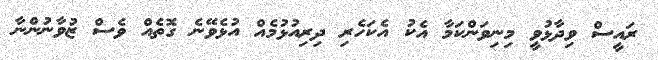
ރައީސް ވިދާޅުވީ މިނިވަންކަމާ އެކު އެކަހެރި ދިރިއުޅުމެއް އުޅެވޭނެ ގޮތެއް ވެސް ޒުވާނުންނާ